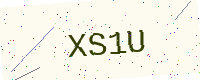
Text: XS1U